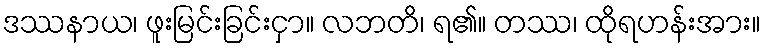
ဒဿနာယ၊ ဖူးမြင်းခြင်းငှာ။ လဘတိ၊ ရ၏။ တဿ၊ ထိုရဟန်းအား။